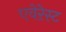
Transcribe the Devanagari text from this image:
एवेऱेस्ट